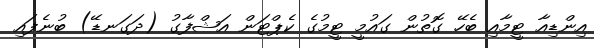
އިންޑިއާ ޓީމާއި ބެހޭ ގޮތުން ގައުމީ ޓީމުގެ ކެޕްޓަން އަޝްފާގު (ދަގަނޑޭ) ބުނެފައި